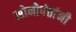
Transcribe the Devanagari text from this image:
सोनोपंतांनी